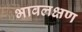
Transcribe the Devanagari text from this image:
भावलक्षण